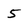
Character: 5